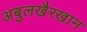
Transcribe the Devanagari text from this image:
अबुलखैरखान